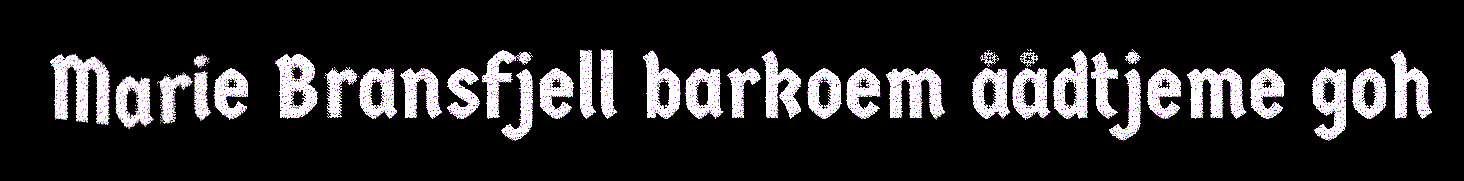
Marie Bransfjell barkoem åådtjeme goh